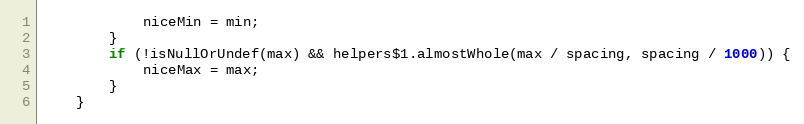
Language: JavaScript
			niceMin = min;
		}
		if (!isNullOrUndef(max) && helpers$1.almostWhole(max / spacing, spacing / 1000)) {
			niceMax = max;
		}
	}